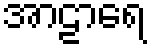
အာဠာရေ